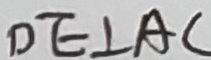
D E \bot A C